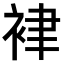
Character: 𧙻